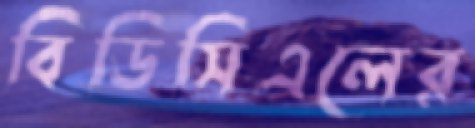
বিডিসিএলের